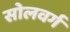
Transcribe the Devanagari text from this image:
सोलवर्ग